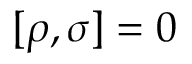
[ \rho , \sigma ] = 0